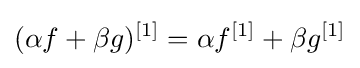
(\alpha f+\beta g)^{[1]}=\alpha f^{[1]}+\beta g^{[1]}